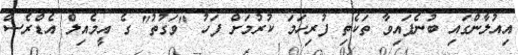
އިއުލާންގައި ބުނެފައިވާ ތަކެތި ފުރިހަމަ ކުރުމަށް ފަހު "ވަގުތު" ގެ އީމެއިލް އެޑްރެސް